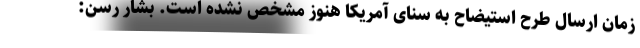
زمان ارسال طرح استیضاح به سنای آمریکا هنوز مشخص نشده است. بشار رسن: